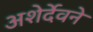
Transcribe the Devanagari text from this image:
अशेर्देवने